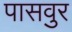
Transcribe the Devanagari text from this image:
पासवुर